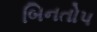
બિનતોપ